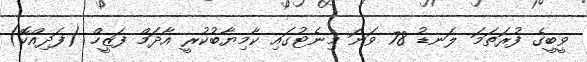
ވީބީގެ ފުރަތަމަ ލަނޑު 78 ވަނަ މިނެޓުގައި ކާމިޔާބުކުރީ އާދަމް ފަޒީހް (ފަދިއްކޮ)